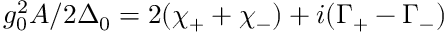
g _ { 0 } ^ { 2 } A / 2 \Delta _ { 0 } = 2 ( \chi _ { + } + \chi _ { - } ) + i ( \Gamma _ { + } - \Gamma _ { - } )